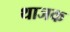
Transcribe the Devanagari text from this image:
थाजक